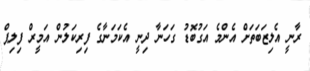
ރާނީ އެލިޒަބަަތަށް އެންމެ އަގުބޮޑު ގަހަނާ ދިނީ އެކަމަނާގެ ފިރިކަލުން އަމީރް ފިލިޕް